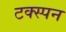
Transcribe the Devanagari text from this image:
टक्स्पन